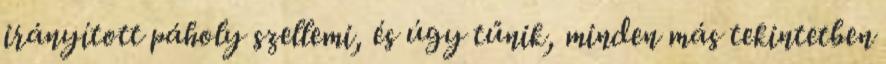
irányított páholy szellemi, és úgy tűnik, minden más tekintetben